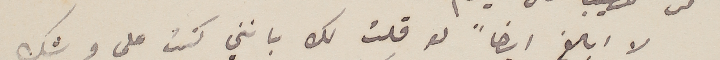
لا ابالغ ايضاً لو قلت لك بانني كنت على وشك